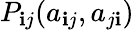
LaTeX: P_{\mathbf{i}j}(a_{\mathbf{i}j},a_{j\mathbf{i}})